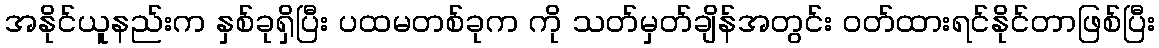
အနိုင်ယူနည်းက နှစ်ခုရှိပြီး ပထမတစ်ခုက ကို သတ်မှတ်ချိန်အတွင်း ဝတ်ထားရင်နိုင်တာဖြစ်ပြီး